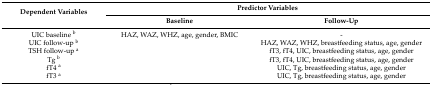
<table><thead><tr><td rowspan="2"><b>Dependent Variables</b></td><td colspan="2"><b>Predictor Variables</b></td></tr><tr><td><b>Baseline</b></td><td><b>Follow-Up</b></td></tr></thead><tbody><tr><td>UIC baseline <sup>b</sup></td><td>HAZ, WAZ, WHZ, age, gender, BMIC</td><td>-</td></tr><tr><td>UIC follow-up <sup>b</sup></td><td></td><td>HAZ, WAZ, WHZ, breastfeeding status, age, gender</td></tr><tr><td>TSH follow-up <sup>a</sup></td><td></td><td>fT3, fT4, UIC, breastfeeding status, age, gender</td></tr><tr><td>Tg <sup>b</sup></td><td></td><td>fT3, fT4, UIC, breastfeeding status, age, gender</td></tr><tr><td>fT4 <sup>a</sup></td><td></td><td>UIC, Tg, breastfeeding status, age, gender</td></tr><tr><td>fT3 <sup>a</sup></td><td></td><td>UIC, Tg, breastfeeding status, age, gender</td></tr></tbody></table>